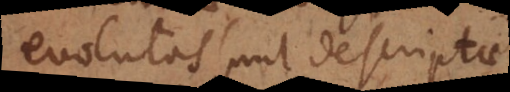
evolutas sunt descriptae.